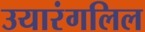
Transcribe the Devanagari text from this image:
उयारंगलिल